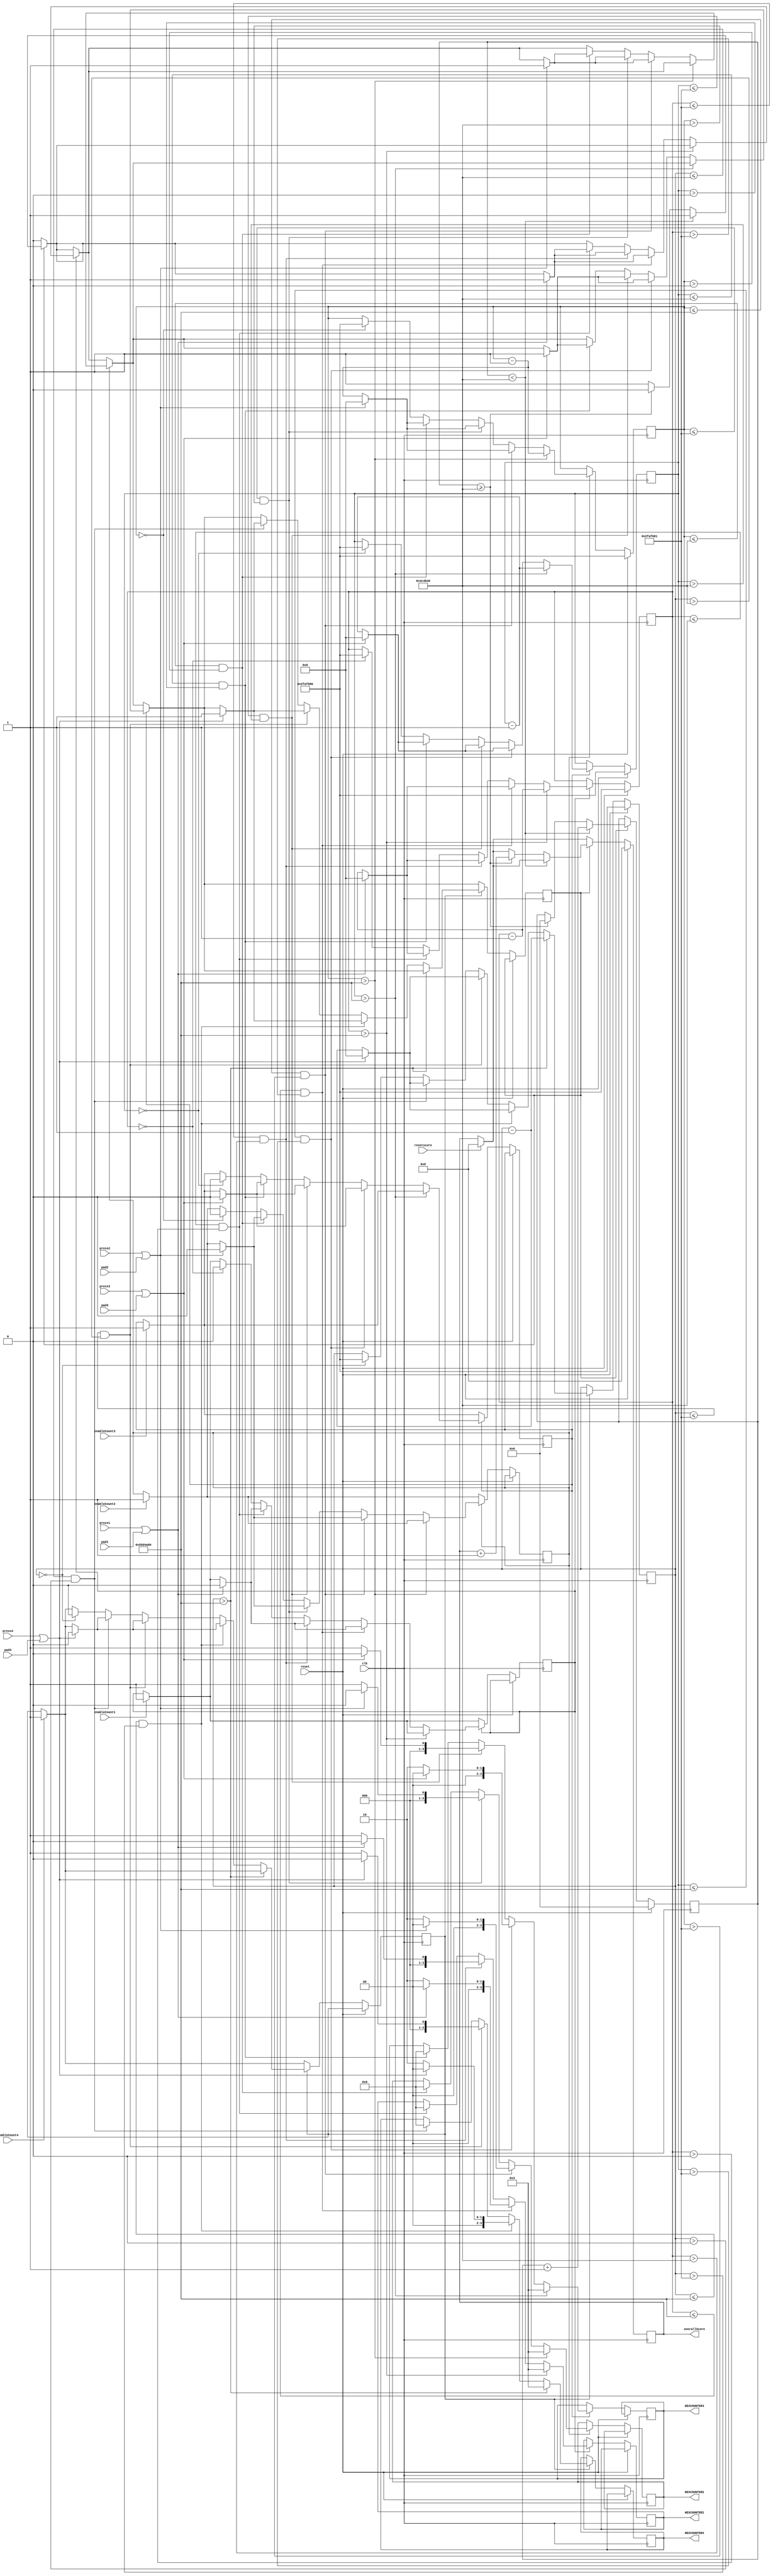


module reactiontime(enableCount1, enableCount2, enableCount3, enableCount4, overallScore, press1, press2, press3, press4, clk, reset,HEXCOUNTER1,HEXCOUNTER2,HEXCOUNTER3,HEXCOUNTER4,pad1, pad2, pad3, pad4,resetscore);
	
	//enable signals for the counters
	input enableCount1, enableCount2, enableCount3, enableCount4, clk, reset;
	reg startCount1, startCount2, startCount3, startCount4;
	reg enablescore;
	reg [25:0]countbeforeincrement;	
	//inputs of user pressing the keys
	input press1, press2, press3, press4, pad1, pad2, pad3, pad4;
	input resetscore;
	
	//counters, which will determine keep track of how much time user has to press the buttons
	reg [30:0] count1, count2, count3, count4;

	//will display score on the screen, can display these on hexes as well
	output reg [7:0]overallScore; 
	output reg [3:0]HEXCOUNTER1;
	output reg [3:0]HEXCOUNTER2;
	output reg [3:0]HEXCOUNTER3;
	output reg [3:0]HEXCOUNTER4;
	
	

	
	always@(posedge clk)
		begin
			if(resetscore)begin
			overallScore<=8'b0;end
			if(reset) begin  //down counter for each block reaction time window
				count1=31'd50000000;
				count2=31'd50000000;
				count3=31'd50000000;
				count4=31'd50000000;
				countbeforeincrement<=0;
				overallScore<=8'b0;
				
				end
			else begin
			if(enableCount1)
				startCount1<=1'b1;
			if(enableCount2)
				startCount2<=1'b1;
			if(enableCount3)
				startCount3<=1'b1;
			if(enableCount4)
				startCount4<=1'b1;
			if(enablescore==1'b1)
				begin//counter to ensure score increments by 1 when reaction occurs
					if(countbeforeincrement<26'd5000000)
					countbeforeincrement<=countbeforeincrement+1;
					else if(countbeforeincrement>=26'd5000000)
						begin
						overallScore<=overallScore+1;
						enablescore<=1'b0;
						countbeforeincrement<=0;
						end
				end
			
			if(startCount1)begin
			
				if(count1 > 31'd90000000)//some parts are residual code from older milestons
					begin
					HEXCOUNTER1<=4'd3;
					count1<=count1-1;
					end
				else if(count1<=31'd90000000 && count1>31'd50000001)
					begin
					HEXCOUNTER1 <= 4'd2;
					count1<=count1-1;
					if(press1 || pad1)
						begin
						enablescore<=1'b1;
						startCount1 <= 1'b0;
						count1 <= 31'd0;
						HEXCOUNTER1 <= 3'd0;
						end
					end
				else if(count1<=31'd50000001 && count1>31'd5000000)//countdown begins here for block1. 
					begin
					HEXCOUNTER1<=4'd1;
					count1<=count1-1;
					if(press1 || pad1)//pressing enables score to increment and count to reset, same goes for the following blocks
						begin
						enablescore<=1'b1;
						startCount1<=1'b0;
						count1<=31'd0;
						HEXCOUNTER1<=3'd0;
						end
					end
				else if(count1<=31'd5000000&&count1>31'd0)
					begin
					HEXCOUNTER1<=4'd0;
					count1<=count1-1;
					if(press1 || pad1)
						begin
						enablescore<=1'b1;
						startCount1<=1'b0;
						count1<=31'd0;
						HEXCOUNTER1<=3'd0;
						end
					end
				else if(count1==31'd0)
					begin
					count1<=31'd50000000;
					startCount1<=1'b0;
					end
				end
			if(startCount2)begin
			
				if(count2>31'd90000000)
					begin
					HEXCOUNTER2<=4'd3;
					count2<=count2-1;
					end
				else if(count2<=31'd90000000&&count2>31'd50000001)
					begin
					HEXCOUNTER2<=4'd2;
					count2<=count2-1;
					if(press2 || pad2)
						begin
						enablescore<=1'b1;
						startCount2<=1'b0;
						count2<=31'd0;
						HEXCOUNTER2<=3'd0;
						end
					end
				else if(count2<=31'd50000001&&count2>31'd5000000)
					begin
					HEXCOUNTER2<=4'd1;
					count2<=count2-1;
					if(press2 || pad2)
						begin
						enablescore<=1'b1;
						startCount2<=1'b0;
						count2<=31'd0;
						HEXCOUNTER2<=3'd0;
						end
					end
				else if(count2<=31'd5000000&&count2>31'd0)
					begin
					HEXCOUNTER2<=4'd0;
					count2<=count2-1;
					if(press2 || pad2)
						begin
						enablescore<=1'b1;
						startCount2<=1'b0;
						count2<=31'd0;
						HEXCOUNTER2<=3'd0;
						end
					end
				else if(count2==31'd0)
					begin
					count2<=31'd50000000;
					startCount2 <= 1'b0;
					end
				end
			if(startCount3)begin
			
				if(count3>31'd90000000)
					begin
					HEXCOUNTER3<=4'd3;
					count3<=count3-1;
					end
				else if(count3<=31'd90000000&&count3>31'd50000001)
					begin
					HEXCOUNTER3<=4'd2;
					count3<=count3-1;
					if(press3 || pad3)
						begin
						enablescore<=1'b1;
						startCount3<=1'b0;
						count3<=31'd0;
						HEXCOUNTER3<=3'd0;
						end
					end
				else if(count3<=31'd50000001&&count3>31'd5000000)
					begin
					HEXCOUNTER3<=4'd1;
					count3<=count3-1;
					if(press3 || pad3)
						begin
						enablescore<=1'b1;
						startCount3 <= 1'b0;
						count3 <= 31'd0;
						HEXCOUNTER3<=3'd0;
						end
					end
				else if(count3<=31'd5000000&&count3>31'd0)
					begin
					HEXCOUNTER3<=4'd0;
					count3<=count3-1;
					if(press3 || pad3)
						begin
						enablescore<=1'b1;
						startCount3<=1'b0;
						count3<=31'd0;
						HEXCOUNTER3<=3'd0;
						end
					end
				else if(count3==31'd0)
					begin
					count3<=31'd50000000;
					startCount3<=1'b0;
					end
				end
			if(startCount4)begin
			
				if(count4>31'd90000000)
					begin
					HEXCOUNTER4<=4'd3;
					count4<=count4-1;
					end
				else if(count4<=31'd90000000&&count4>31'd50000001)
					begin
					HEXCOUNTER4<=4'd2;
					count4<=count4-1;
					if(press4 || pad4)
						begin
						enablescore<=1'b1;
						startCount4<=1'b0;
						count4<=31'd0;
						HEXCOUNTER4<=3'd0;
						end
					end
				else if(count4<=31'd50000001&&count4>31'd5000000)
					begin
					HEXCOUNTER4<=4'd1;
					count4<=count4-1;
					if(press4 || pad4)
						begin
						enablescore<=1'b1;
						startCount4<=1'b0;
						count4<=31'd0;
						HEXCOUNTER4<=3'd0;
						end
					end
				else if(count4<=31'd5000000&&count4>31'd0)
					begin
					HEXCOUNTER4<=4'd0;
					count4<=count4-1;
					if(press4 || pad4)
						begin
						enablescore<=1'b1;
						startCount4<=1'b0;
						count4<=31'd0;
						HEXCOUNTER4<=3'd0;
						end
					end
				else if(count4==31'd0)
					begin
					count4<=31'd50000000;
					startCount4<=1'b0;
					end
				end
				
			end
		end
		
	
	

		
				
				
				
	endmodule